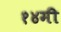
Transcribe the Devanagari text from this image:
१४मी